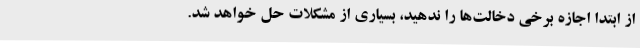
از ابتدا اجازه برخی دخالت‌ها را ندهید، بسیاری از مشکلات حل خواهد شد.